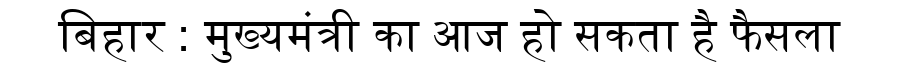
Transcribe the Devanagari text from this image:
बिहार : मुख्यमंत्री का आज हो सकता है फैसला